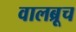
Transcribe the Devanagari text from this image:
वालब्रूच